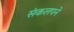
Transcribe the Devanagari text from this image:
संकलपने